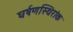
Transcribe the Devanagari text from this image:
घर्षणस्थिरांक